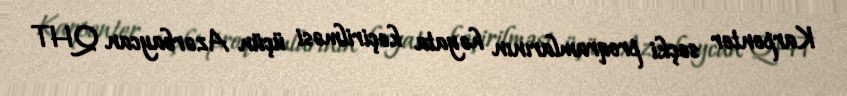
Karpenter seçki proqramlarının həyata keçirilməsi üçün Azərbaycan QHT